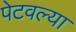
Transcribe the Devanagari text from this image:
पेटवल्या